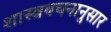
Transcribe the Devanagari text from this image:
शास्त्रवचनानुसार